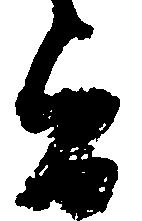
旨